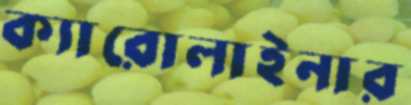
ক্যারোলাইনার